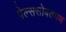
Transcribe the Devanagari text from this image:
पेल्ससोबतपण